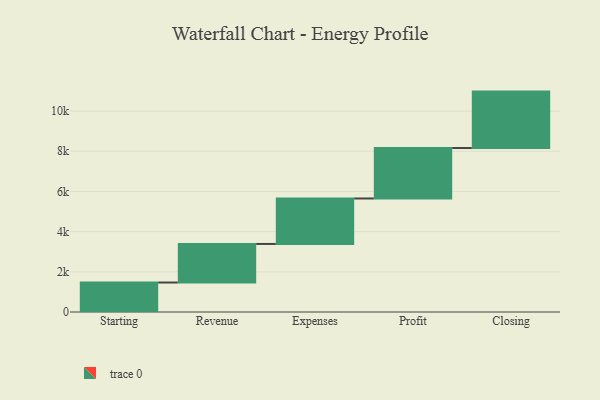
{"axis": {"x": "Step", "y": "Value"}, "legend": [""], "data": [{"x": "Starting", "y": 1467.0, "type": ""}, {"x": "Revenue", "y": 1920.0, "type": ""}, {"x": "Expenses", "y": 2264.0, "type": ""}, {"x": "Profit", "y": 2511.0, "type": ""}, {"x": "Closing", "y": 2809.0, "type": ""}]}